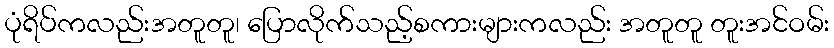
ပုံရိပ်ကလည်းအတူတူ၊ ပြောလိုက်သည့်စကားများကလည်း အတူတူ တူးအင်ဝမ်း